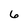
Character: 6